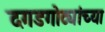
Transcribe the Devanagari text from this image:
दगडगोट्यांच्या